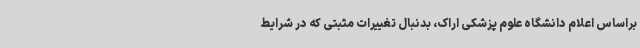
براساس اعلام دانشگاه علوم پزشکی اراک، بدنبال تغییرات مثبتی که در شرایط